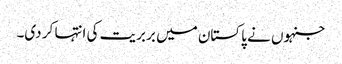
جنہوں نے پاکستان میں بربریت کی انتہا کر دی۔